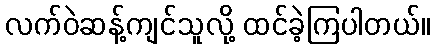
လက်ဝဲဆန့်ကျင်သူလို့ ထင်ခဲ့ကြပါတယ်။